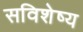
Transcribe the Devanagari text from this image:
सविशेष्य